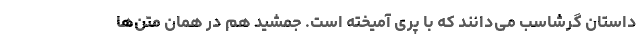
داستان گرشاسب می‌دانند که با پری آمیخته است. جمشید هم در همان متن‌ها